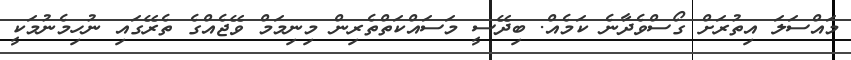
މައްސަލަ އިތުރަށް ގޯސްވެދާނެ ކަމެއް. ބިދޭސީ މަސައްކަތްތެރިން މިނިމަމް ވޭޖެއްގެ ތެރޭގައި ނުހިމެނުމަކީ